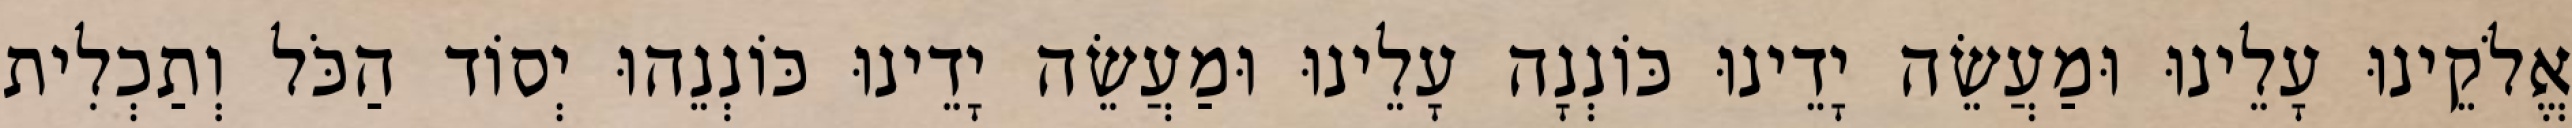
אֱלֹקֵינוּ עָלֵינוּ וּמַעֲשֵׂה יָדֵינוּ כּוֹנְנָה עָלֵינוּ וּמַעֲשֵׂה יָדֵינוּ כּוֹנְנֵהוּ יְסוֹד הַכֹּל וְתַכְלִית